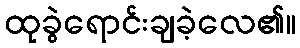
ထုခွဲရောင်းချခဲ့လေ၏။